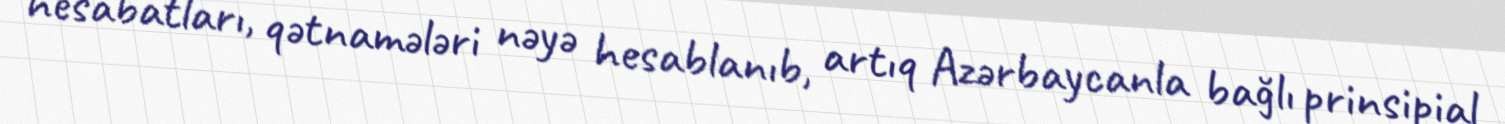
hesabatları, qətnamələri nəyə hesablanıb, artıq Azərbaycanla bağlı prinsipial